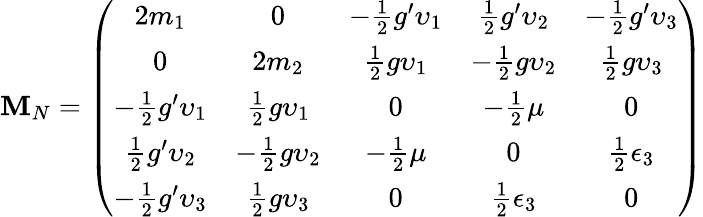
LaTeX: {\cal\mathbf{M}}_{N}=\left(\begin{array}{ccccc}{{2m_{1}}}&{{0}}&{{-\frac{1}{2}g^{\prime}\upsilon_{1}}}&{{\frac{1}{2}g^{\prime}\upsilon_{2}}}&{{-\frac{1}{2}g^{\prime}\upsilon_{3}}}\\ {{0}}&{{2m_{2}}}&{{\frac{1}{2}g\upsilon_{1}}}&{{-\frac{1}{2}g\upsilon_{2}}}&{{\frac{1}{2}g\upsilon_{3}}}\\ {{-\frac{1}{2}g^{\prime}\upsilon_{1}}}&{{\frac{1}{2}g\upsilon_{1}}}&{{0}}&{{-\frac{1}{2}\mu}}&{{0}}\\ {{\frac{1}{2}g^{\prime}\upsilon_{2}}}&{{-\frac{1}{2}g\upsilon_{2}}}&{{-\frac{1}{2}\mu}}&{{0}}&{{\frac{1}{2}\epsilon_{3}}}\\ {{-\frac{1}{2}g^{\prime}\upsilon_{3}}}&{{\frac{1}{2}g\upsilon_{3}}}&{{0}}&{{\frac{1}{2}\epsilon_{3}}}&{{0}}\end{array}\right)